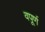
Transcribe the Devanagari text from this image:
वपूर्ण